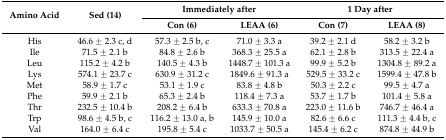
| <ROWSPAN=2> Amino Acid | <ROWSPAN=2> Sed (14) | <COLSPAN=2> Immediately after | <COLSPAN=2> 1 Day after |
 | Con (6) | LEAA (6) | Con (7) | LEAA (8) |
 | --- | --- | --- | --- | --- | --- |
 | His | 46.6 ± 2.3 c, d | 57.3 ± 2.5 b, c | 71.0 ± 3.3 a | 39.2 ± 2.1 d | 58.2 ± 3.2 b |
 | Ile | 71.5 ± 2.1 b | 84.8 ± 2.6 b | 368.3 ± 25.5 a | 62.1 ± 2.8 b | 313.5 ± 22.4 a |
 | Leu | 115.2 ± 4.2 b | 140.5 ± 4.3 b | 1448.7 ± 101.3 a | 99.9 ± 5.2 b | 1304.8 ± 89.2 a |
 | Lys | 574.1 ± 23.7 c | 630.9 ± 31.2 c | 1849.6 ± 91.3 a | 529.5 ± 33.2 c | 1599.4 ± 47.8 b |
 | Met | 58.9 ± 1.7 c | 53.1 ± 1.9 c | 83.8 ± 4.8 b | 50.3 ± 2.2 c | 99.5 ± 4.7 a |
 | Phe | 59.9 ± 2.1 b | 65.3 ± 2.4 b | 118.4 ± 7.3 a | 53.7 ± 1.7 b | 101.4 ± 5.8 a |
 | Thr | 232.5 ± 10.4 b | 208.2 ± 6.4 b | 633.3 ± 70.8 a | 223.0 ± 11.6 b | 746.7 ± 46.4 a |
 | Trp | 98.6 ± 4.5 b, c | 116.2 ± 13.0 a, b | 145.9 ± 10.0 a | 82.6 ± 6.6 c | 111.3 ± 4.4 b, c |
 | Val | 164.0 ± 6.4 c | 195.8 ± 5.4 c | 1033.7 ± 50.5 a | 145.4 ± 6.2 c | 874.8 ± 44.9 b |